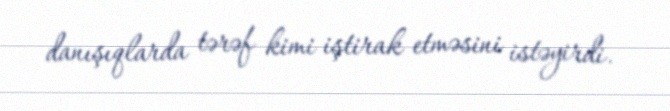
danışıqlarda tərəf kimi iştirak etməsini istəyirdi.